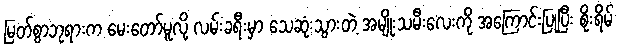
မြတ်စွာဘုရားက မေးတော်မူလို့ လမ်းခရီးမှာ သေဆုံးသွားတဲ့ အမျိုးသမီးလေးကို အကြောင်းပြုပြီး စိုးရိမ်